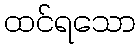
ထင်ရသော